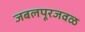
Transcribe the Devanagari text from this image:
जबलपूरजवळ